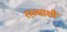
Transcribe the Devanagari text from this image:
रस्त्याशी